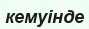
кемуінде